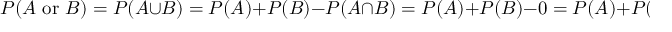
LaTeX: P ( A { \mathrm { ~ o r ~ } } B ) = P ( A \cup B ) = P ( A ) + P ( B ) - P ( A \cap B ) = P ( A ) + P ( B ) - 0 = P ( A ) + P ( B )